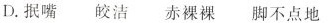
D.抿嘴 皎洁 赤裸裸 脚不点地